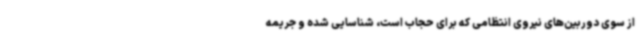
از سوی دوربین‌های نیروی انتظامی که برای حجاب است، شناسایی شده و جریمه